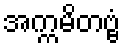
အက္ကမိတဗ္ဗံ